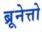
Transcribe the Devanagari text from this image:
ब्रूनेत्तो